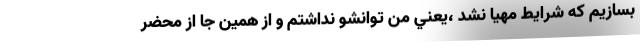
بسازيم كه شرايط مهيا نشد ،يعني من توانشو نداشتم و از همين جا از محضر